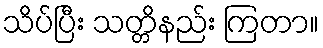
သိပ်ပြီး သတ္တိနည်း ကြတာ။